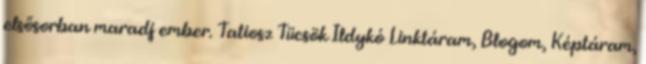
elsősorban maradj ember. Tatiosz Tücsök Ildykó Linktáram, Blogom, Képtáram,